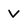
Character: v